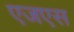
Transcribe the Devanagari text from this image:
एजएस